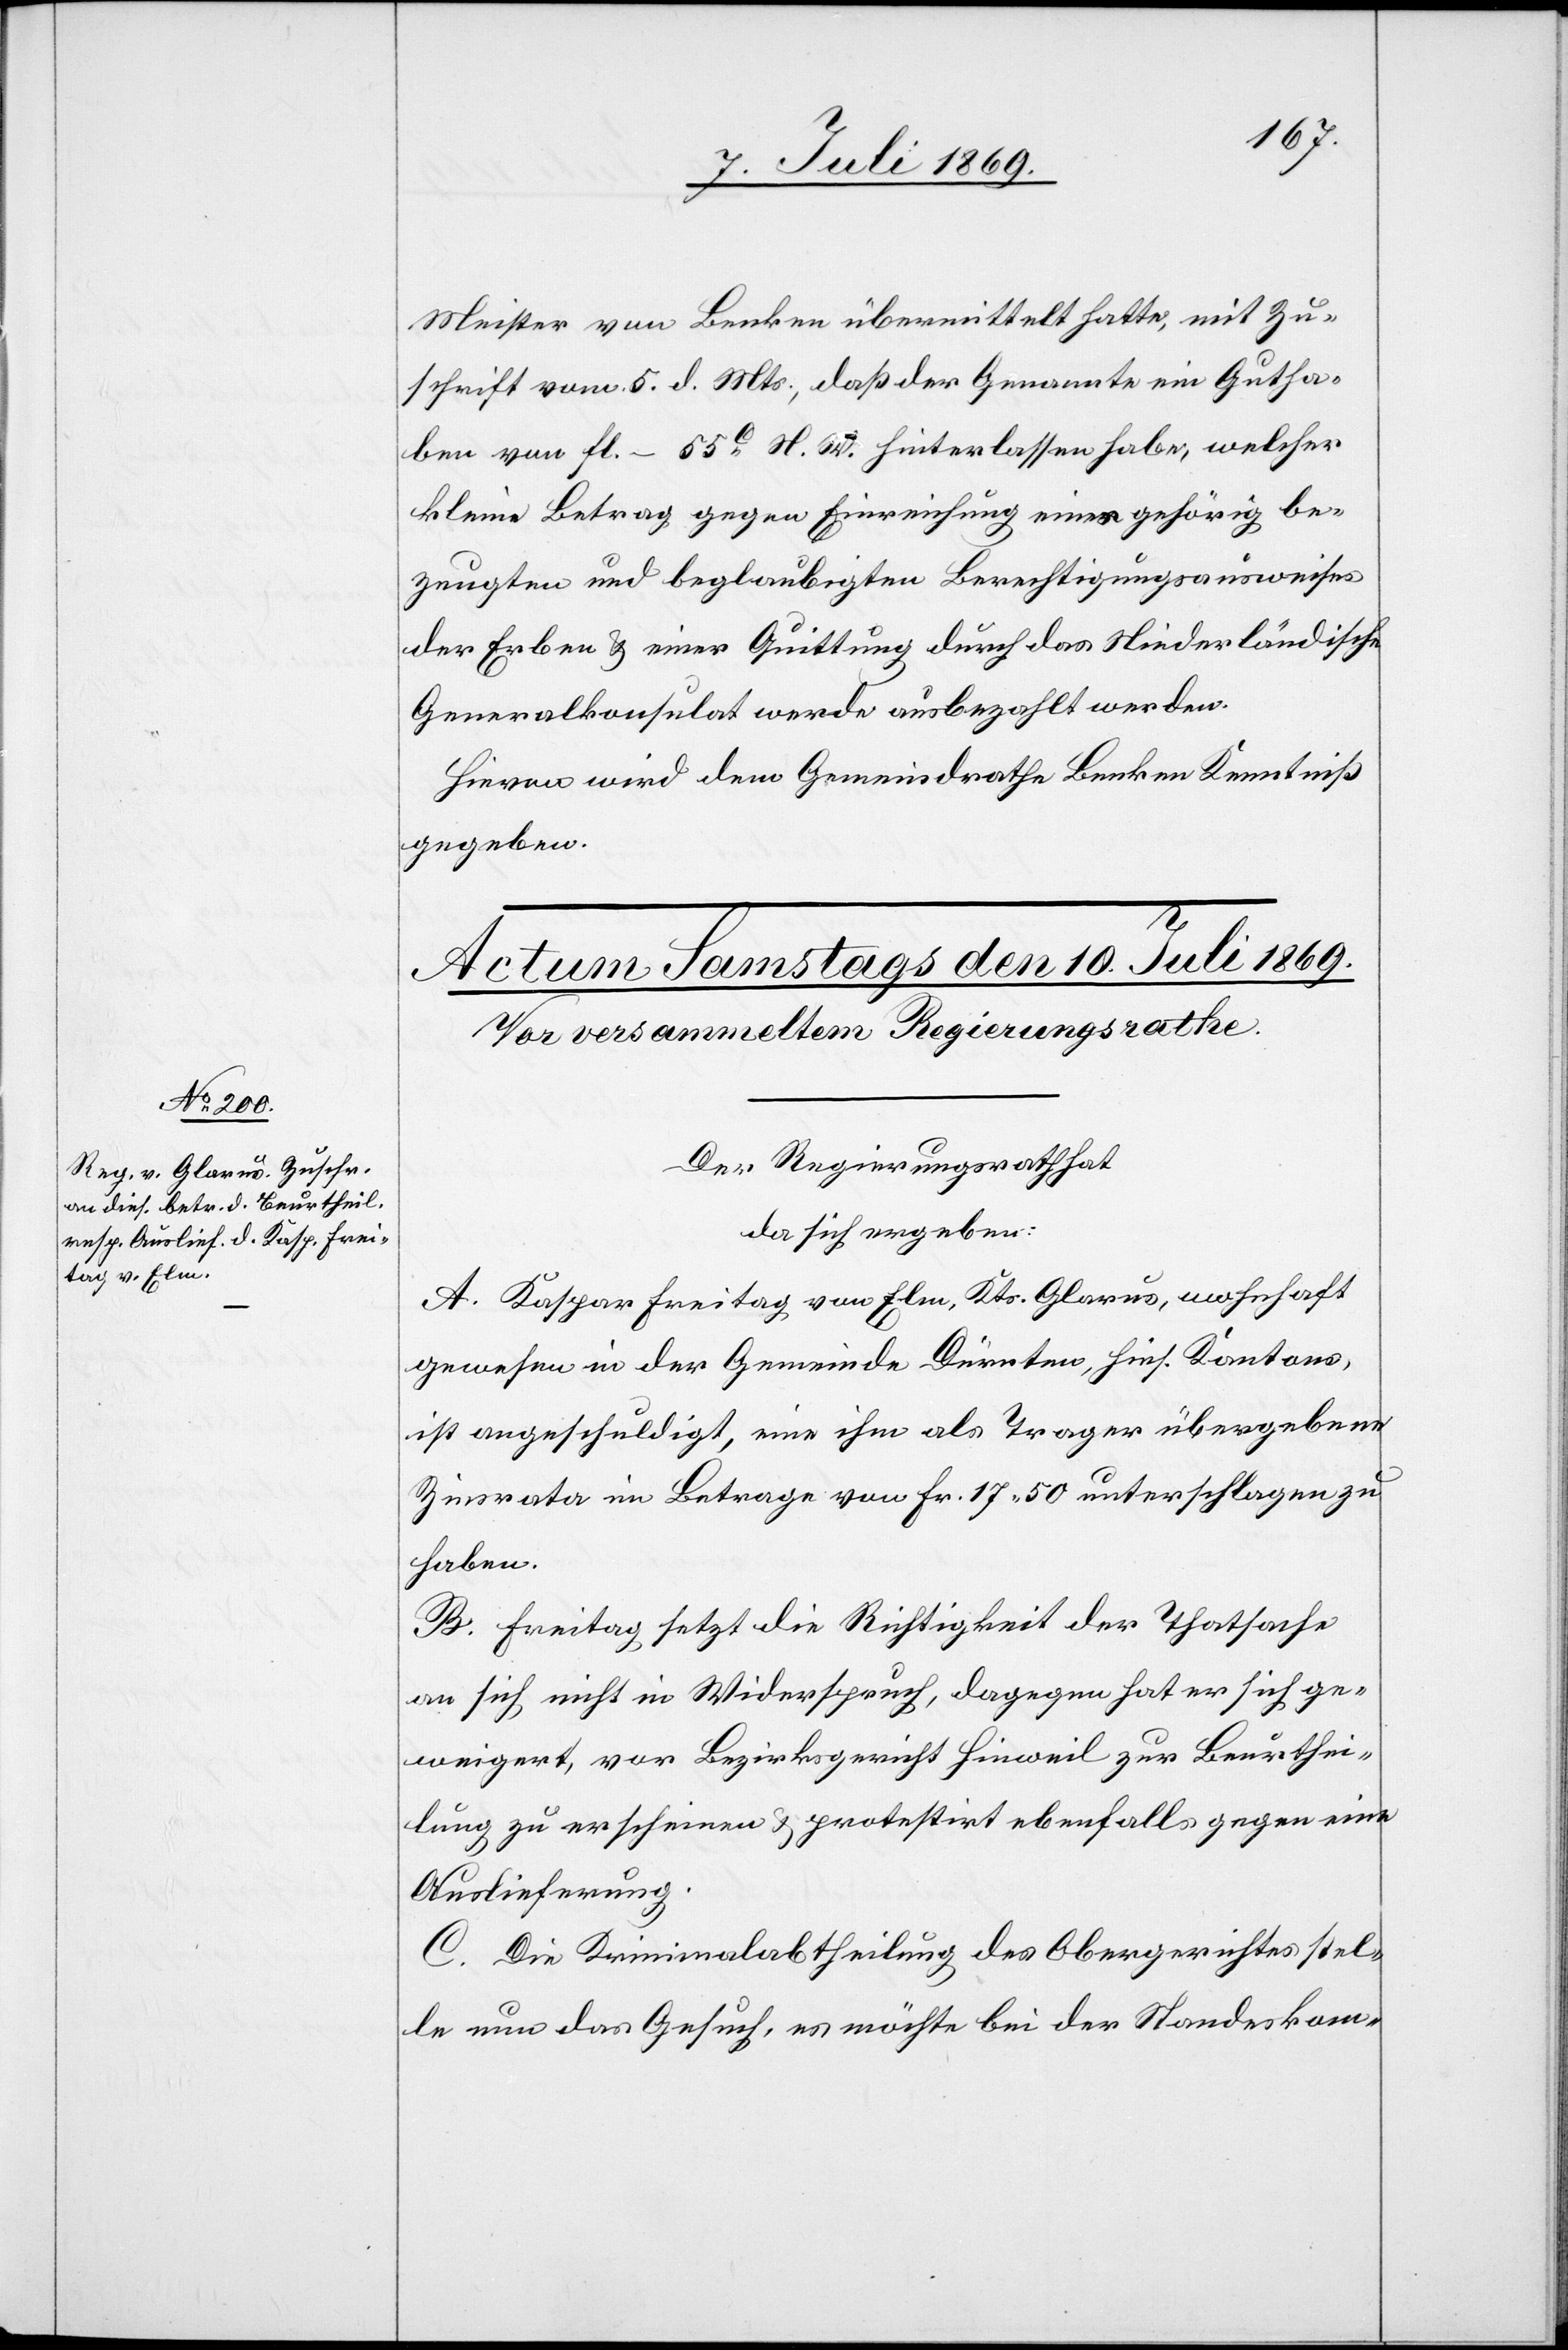
Meister von Benken übermittelt hatte, mit Zu¬
schrift vom 5. d. Mts., daß der Genannte ein Gutha¬
ben von fl. – 55c N. W. hinterlassen habe, welche
kleine Betrag gegen Einreichung eines gehörig be¬
zeugten und beglaubigten Berechtigungsausweises
der Erben u. einer Quittung durch das Niederländische
Generalkonsulat werde ausbezahlt werden.
Hievon wird dem Gemeindrathe Benken Kenntniß
gegeben.
Der Regierungsrath hat
da sich ergeben:
A. Kaspar Freitag von Elm, Kts. Glarus, wohnhaft
gewesen in der Gemeinde Dürnten, hies. Kantons,
ist angeschuldigt, eine ihm als Trager [sic!] übergebene
Zinsrata im Betrage von Fr. 17.50 unterschlagen zu
haben.
B. Freitag setzt die Richtigkeit der Thatsache
an sich nicht in Widerspruch, dagegen hat er sich ge¬
weigert, vor Bezirksgericht Hinweil zur Beurthei¬
lung zu erscheinen u. protestirt ebenfalls gegen eine
Auslieferung.
C. Die Kriminalabtheilung des Obergerichtes stel¬
le nun das Gesuch, es möchte bei der Standeskom-